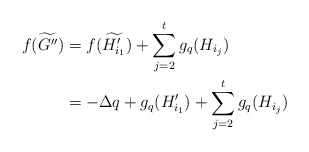
\begin{align*} f(\widetilde{G''}) &= f(\widetilde{H'_{i_1}}) + \sum_{j=2}^t g_q(H_{i_j}) \\ &= -\Delta q + g_q(H'_{i_1}) + \sum_{j=2}^t g_q(H_{i_j}) \end{align*}